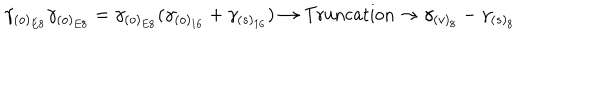
LaTeX: \gamma _ { ( o ) _ { E 8 } } \gamma _ { ( o ) _ { E 8 } } = \gamma _ { ( o ) _ { E 8 } } ( \gamma _ { ( o ) _ { 1 6 } } + \gamma _ { ( s ) _ { 1 6 } } ) \rightarrow \mathrm { T r u n c a t i o n } \rightarrow \gamma _ { ( v ) _ { 8 } } - \gamma _ { ( s ) _ { 8 } } \,